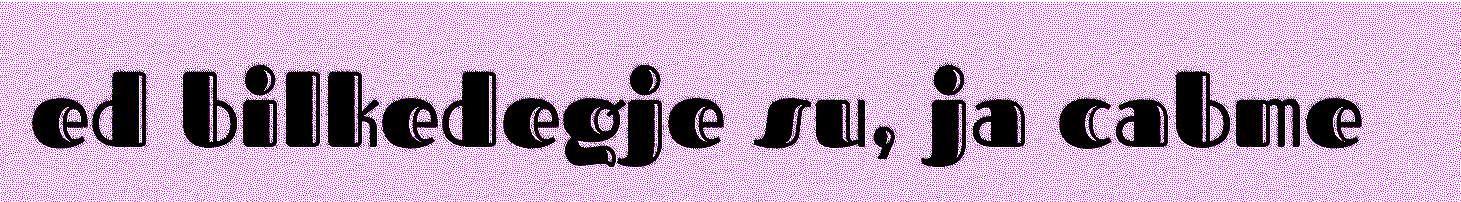
ed bilkedegje su, ja cabme